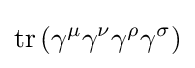
\operatorname {tr} \left(\gamma ^{\mu }\gamma ^{\nu }\gamma ^{\rho }\gamma ^{\sigma }\right)